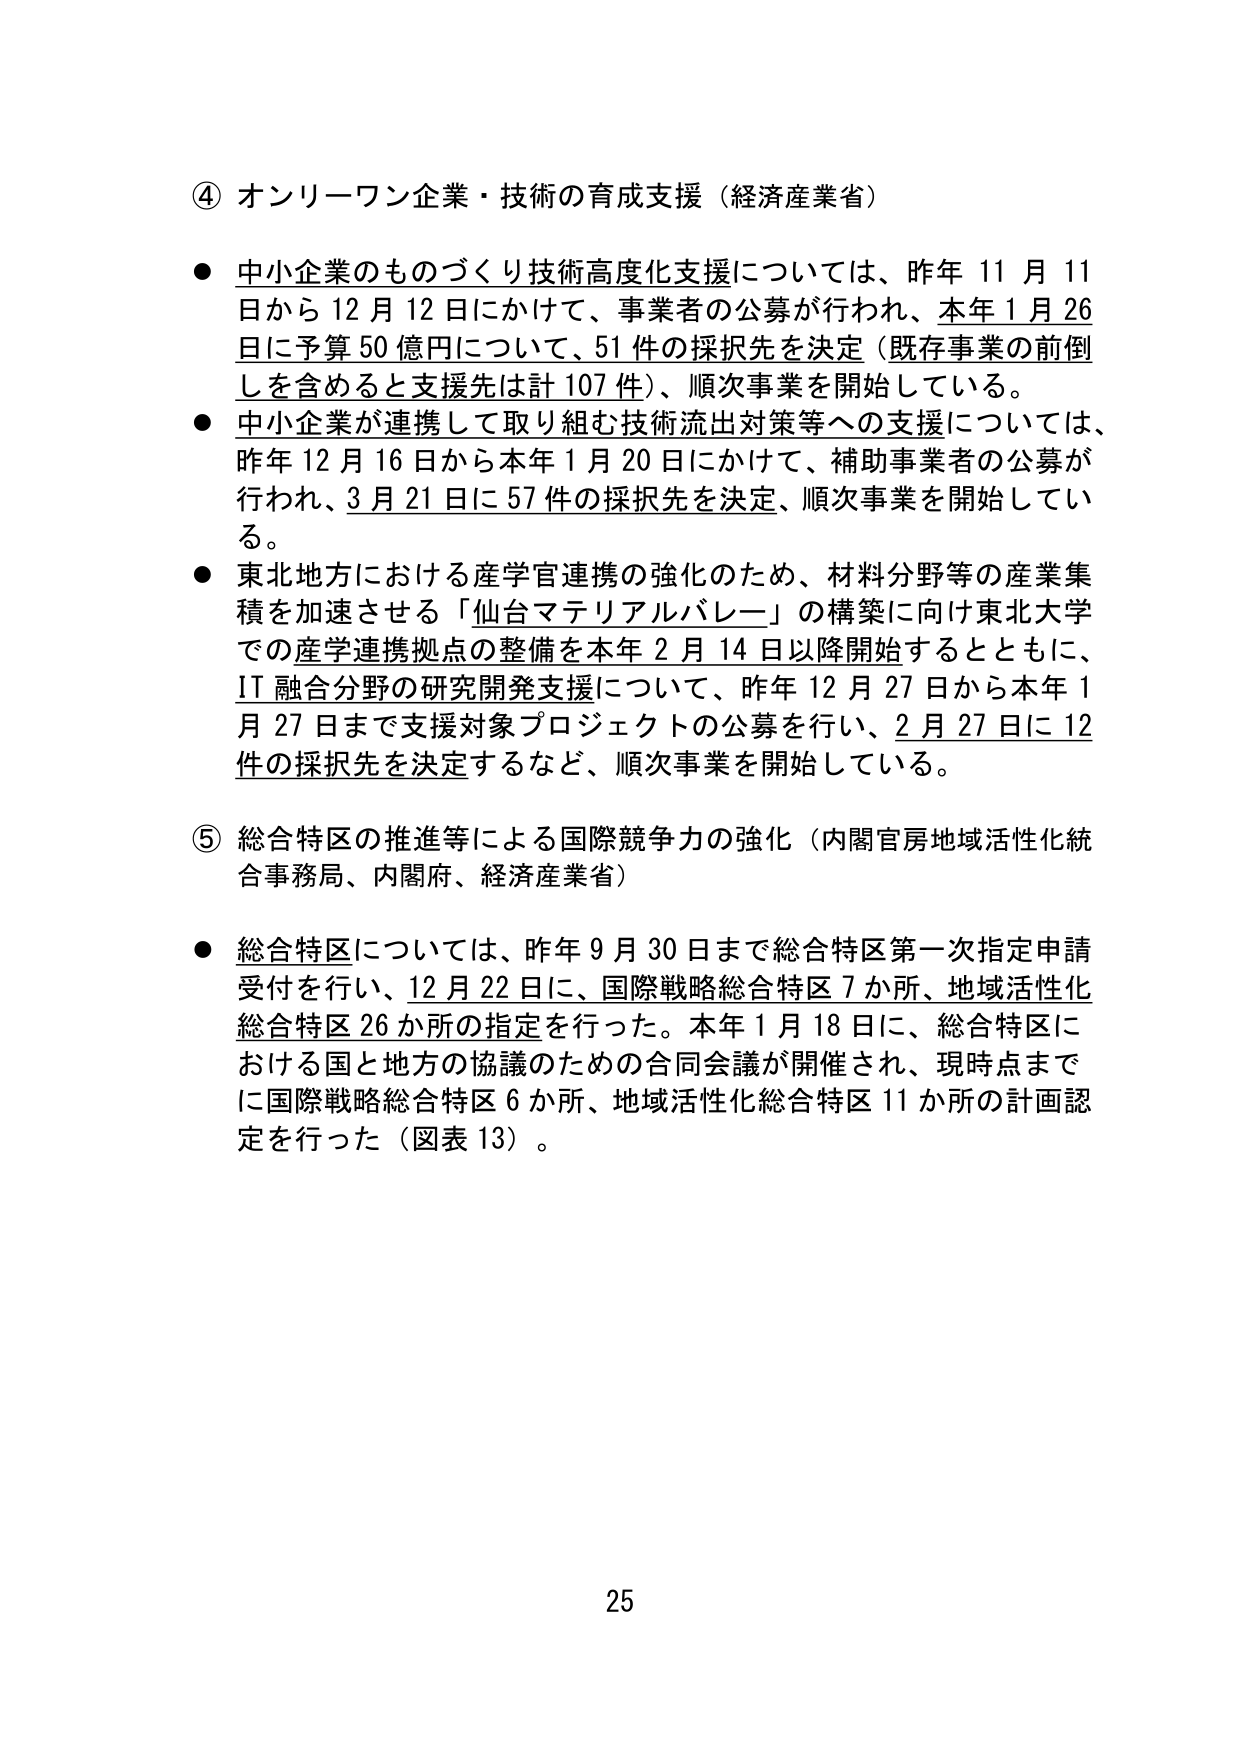
④ オンリーワン企業・技術の育成支援（経済産業省）

● 中小企業のものごくリ技術高度化支援については、昨年11月11日から12月12日にかけて、事業者の公募が行われ、本年1月26日に予算50億円について、51件の採択先を決定（既存事業の前倒しを含めると支援先は計107件）、順次事業を開始している。

● 中小企業が連携して取り組む技術流出対策等への支援については、昨年12月16日から本年1月20日にかけて、補助事業者の公募が行われ、3月21日に57件の採択先を決定、順次事業を開始している。

● 東北地方における産学官連携の強化のため、材料分野等の産業集積を加速させる「仙台マテリアルバレー」の構築に向け東北大学での産学連携拠点の整備を本年2月14日以降開始するとともに、IT融合分野の研究開発支援について、昨年12月27日から本年1月27日まで支援対象プロジェクトの公募を行い、2月27日に12件の採択先を決定するなど、順次事業を開始している。

⑤ 総合特区の推進等による国際競争力の強化（内閣官房地域活性化統合事務局、内閣府、経済産業省）

● 総合特区については、昨年9月30日まで総合特区第一次指定申請受付を行い、12月22日に、国際戦略総合特区7か所、地域活性化総合特区26か所の指定を行った。本年1月18日に、総合特区における国と地方の協議のための合同会議が開催され、現時点までに国際戦略総合特区6か所、地域活性化総合特区11か所の計画認定を行った（図表13）。

25